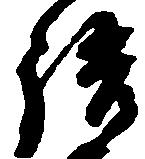
語